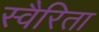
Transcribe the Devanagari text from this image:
स्वैरिता